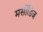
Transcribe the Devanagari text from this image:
मर्सीडिज